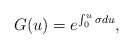
\begin{align*}G(u) = e^{\int_0^u \sigma du},\end{align*}